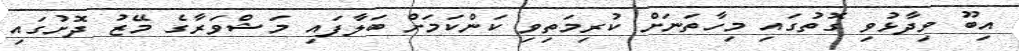
އިބޫ ވިދާޅުވި ގޮތުގައި މިހާތަނަށް ކުރިމަތިވި ކަންކަމަށް ބަލާފައި މަޝްވަރާގެ މޭޒު ދޮށުގައި